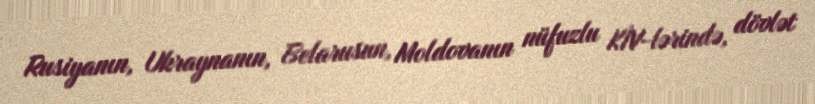
Rusiyanın, Ukraynanın, Belarusun, Moldovanın nüfuzlu KİV-lərində, dövlət